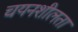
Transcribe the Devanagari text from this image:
चयनशीलता